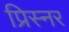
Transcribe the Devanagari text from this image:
प्रिस्नर